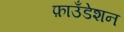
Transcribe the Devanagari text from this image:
फ़ाउँडेशन